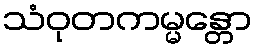
သံဝုတကမ္မန္တော